Medical and sanitary report on the native army of Bombay for the year
Year: 1879
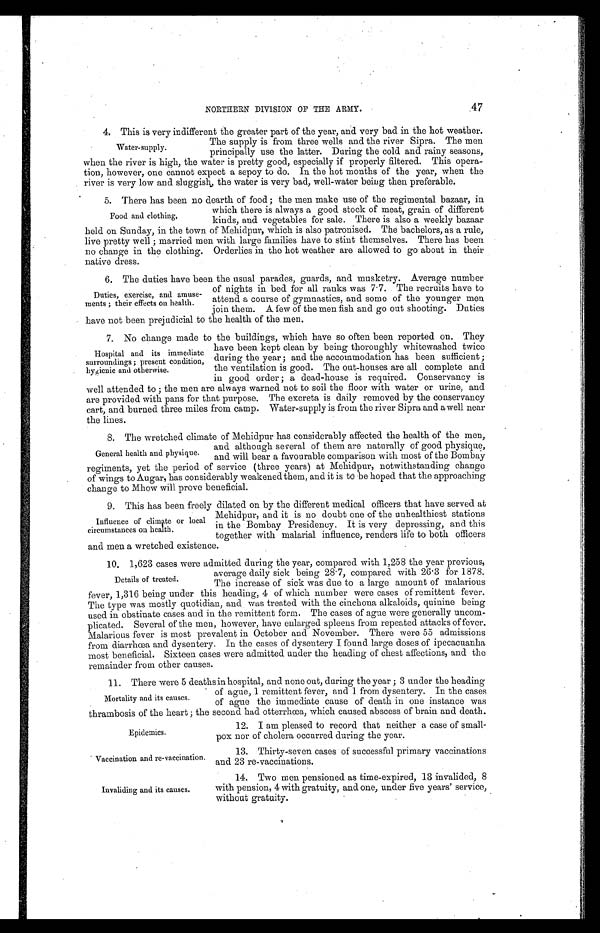
Epidemics.
Vaccination and re-vaccination.
Invaliding and its causes.
NORTHERN DIVISION OF THE ARMY. 47
4. This is very indifferent the greater part of the year, and very bad in the hot weather.
The supply is from three wells and the river Sipra. The men
principally use the latter. During the cold and rainy seasons,
when the river is high, the water is pretty good, especially if properly filtered. This opera--
tion, however, one cannot expect a sepoy to do. In the hot months of the year, when the
river is very low and sluggish, the water is very bad, well-water being then preferable.
5. There has been no dearth of food; the men make use of the regimental bazaar, in
which there is always a good stock of meat, grain of different
kinds, and vegetables for sale. There is also a weekly bazaar
held on Sunday, in the town of Mehidpur, which is also patronised. The bachelors, as a rule,
live pretty well; married men with large families have to stint themselves. There has been
no change in the clothing. Orderlies in the hot weather are allowed to go about in their
native dress.
6. The duties have been the usual parades, guards, and musketry. Average number
of nights in bed for all ranks was 7.7. The recruits have to
attend a course of gymnastics, and some of the younger men
join them. A few of the men fish and go out shooting. Duties
have not been prejudicial to the health of the men.
7. No change made to the buildings, which have so often been reported on. They
have been kept clean by being thoroughly whitewashed twice
during the year; and the accommodation has been sufficient;
the ventilation is good. The out-houses are all complete and
in good order; a dead-house is required. Conservancy is
well attended to; the men are always warned not to soil the floor with water or urine, and
are provided with pans for that purpose. The excreta is daily removed by the conservancy
cart, and burned three miles from camp. Water-supply is from the river Sipra and a well near
the lines.
8. The wretched climate of Mehidpur has considerably affected the health of the men,
and although several of them are naturally of good physique,
and will bear a favourable comparison with most of the Bombay
regiments, yet the period of service (three years) at Mehidpur, notwithstanding change
of wings to Augur, has considerably weakened them, and it is to be hoped that the approaching
change to Mhow will prove beneficial.
9. This has been freely dilated on by the different medical officers that have served at
Mehidpur, and it is no doubt one of the unhealthiest stations
in the Bombay Presidency. It is very depressing, and this
together with malarial influence, renders life to both officers
and men a wretched existence.
10. 1,623 cases were admitted during the year, compared with 1,258 the year previous,
average daily sick being 2.87, compared with 26.3 for 1878.
The increase of sick was due to a large amount of malarious
fever, 1,316 being under this heading, 4 of which number were cases of remittent fever.
The type was mostly quotidian, and was treated with the cinchona alkaloids, quinine being
used in obstinate cases and in the remittent form. The cases of ague were generally uncom--
plicated. Several of the men, however, have enlarged spleens from repeated attacks of fever.
Malarious fever is most prevalent in October and November. There were 55 admissions
from diarrhœa and dysentery. In the cases of dysentery I found large doses of ipecacuanha
most beneficial. Sixteen cases were admitted under the heading of chest affections, and the
remainder from other causes.
11. There were 5 deathsin hospital, and none out, during the year; 3 under the heading
of ague, 1 remittent fever, and 1 from dysentery. In the cases
of ague the immediate cause of death in one instance was
thrambosis of the heart ; the second had otterrhœa, which caused abscess of brain and death.
12. I am pleased to record that neither a case of small-
-pox nor of cholera occurred during the year.
13. Thirty-seven cases of successful primary vaccinations
and 23 re-vaccinations.
14. Two men pensioned as time-expired, 13 invalided, 8
with pension, 4 with gratuity, and one, under five years' service,
without gratuity.
Water-supply.
Food and clothing,
Duties, exercise, and amuse-
ments; their effects on health.
Hospital and its immediate
surroundings; present condition,
hygienic and otherwise.
General health and physique.
Influence of climate or local
circumstances on health.
Details of treated.
Mortality and its causes.